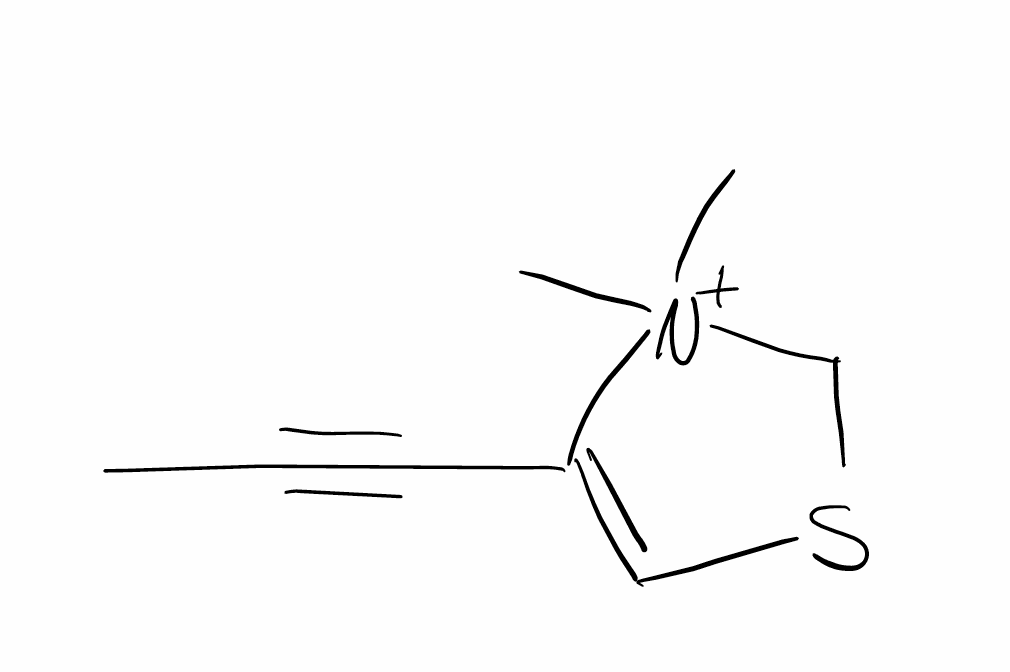
Simplified molecular-input line-entry system (SMILES) notation of the given molecule:
CC#CC1=CSC[N+]1(C)C